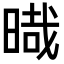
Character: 𣈻